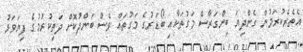
އެތެރެކުރަމުން ގެންދިޔަ ބިންގަރާސް މަގުތަކާއި ބޯޑަރުގެ މަގުތައް ވެސް ބަންދުކޮށް ދަތިކުރުމުގެ ފިޔަވަޅު